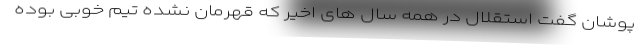
پوشان گفت استقلال در همه سال های اخیر که قهرمان نشده تیم خوبی بوده